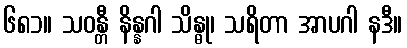
၆၈၁။ သဝန္တီ နိန္နဂါ သိန္ဓု၊ သရိတာ အာပဂါ နဒီ။